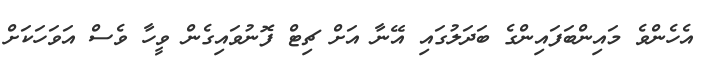
އެހެންވެ މައިންބަފައިންގެ ބަދަލުގައި އޭނާ އަށް ޗިޓް ފޮނުވައިގެން ވީހާ ވެސް އަވަހަކަށް